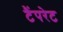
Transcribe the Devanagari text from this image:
टैंपरेट